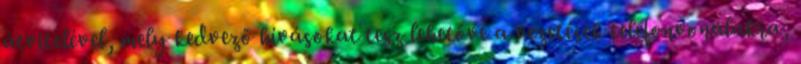
átvitelével, mely kedvező hívásokat tesz lehetővé a vezetések telefonvonalakra,